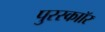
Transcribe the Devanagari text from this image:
पुरस्काॉर